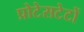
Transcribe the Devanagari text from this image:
प्रोटेसटेटों